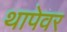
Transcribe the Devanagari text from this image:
थापेवर